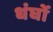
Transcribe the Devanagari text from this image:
धंघों